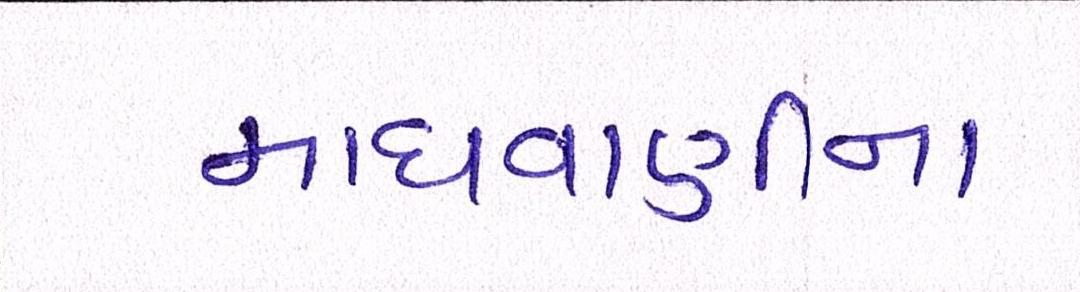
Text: માધવાણીના